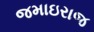
જમાઇરાજ